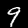
Digit: 9